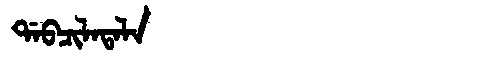
Manchu: ᡩᠠᠪᠴᡳᠯᠠᡨᠠᠯᠠ
Romanization: DABCILATALA